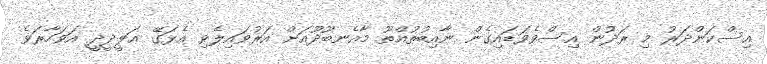
އިސްކަންދަރު މި ރަދުން އިސްވެވަޑައިގެން ނާއިބުތުއްތޫ މާއެނބޫދޫއަށް އަރުވައިލެވި އެޅަގޭ ޢަލީދީދީ އަވަހާރަވެ